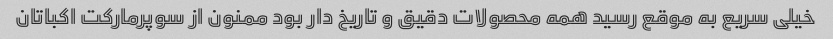
خیلی سریع به موقع رسید همه محصولات دقیق و تاریخ دار بود ممنون از سوپرمارکت اکباتان